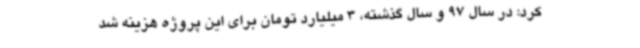
کرد: در سال 97 و سال گذشته، 3 میلیارد تومان برای این پروژه هزینه شد